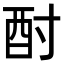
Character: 酎